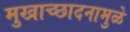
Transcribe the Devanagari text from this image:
मुखाच्छादनामुळे